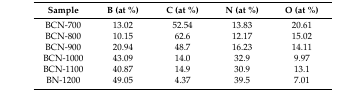
<table><thead><tr><td><b>Sample</b></td><td><b>B (at %)</b></td><td><b>C (at %)</b></td><td><b>N (at %)</b></td><td><b>O (at %)</b></td></tr></thead><tbody><tr><td>BCN-700</td><td>13.02</td><td>52.54</td><td>13.83</td><td>20.61</td></tr><tr><td>BCN-800</td><td>10.15</td><td>62.6</td><td>12.17</td><td>15.02</td></tr><tr><td>BCN-900</td><td>20.94</td><td>48.7</td><td>16.23</td><td>14.11</td></tr><tr><td>BCN-1000</td><td>43.09</td><td>14.0</td><td>32.9</td><td>9.97</td></tr><tr><td>BCN-1100</td><td>40.87</td><td>14.9</td><td>30.9</td><td>13.1</td></tr><tr><td>BN-1200</td><td>49.05</td><td>4.37</td><td>39.5</td><td>7.01</td></tr></tbody></table>